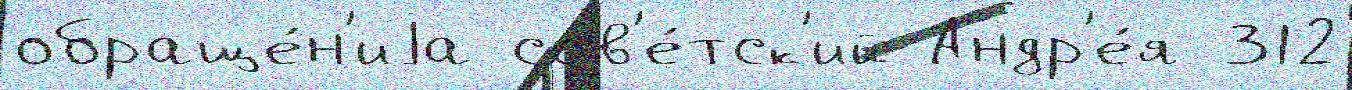
обраще́н'иjа сов'е́тск'ий Андр'е́я 312